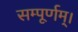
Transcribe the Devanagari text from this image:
सम्पूर्णम्।